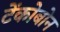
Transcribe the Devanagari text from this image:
टेंकोबोन